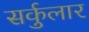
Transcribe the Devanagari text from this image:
सर्कुलार